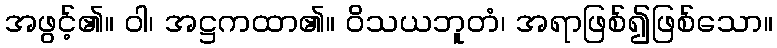
အဖွင့်၏။ ဝါ၊ အဋ္ဌကထာ၏။ ဝိသယဘူတံ၊ အရာဖြစ်၍ဖြစ်သော။